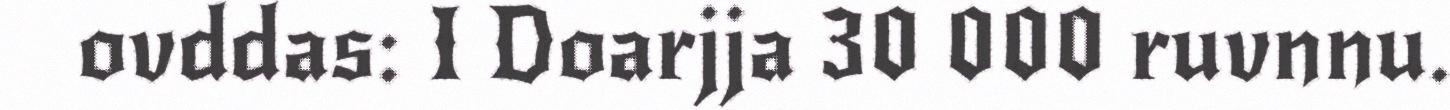
ovddas: I Doarjja 30 000 ruvnnu.